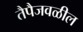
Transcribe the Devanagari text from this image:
तैपैजवळील